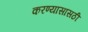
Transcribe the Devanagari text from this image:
करण्यासासठी